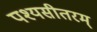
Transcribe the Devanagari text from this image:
पश्यसीतरम्